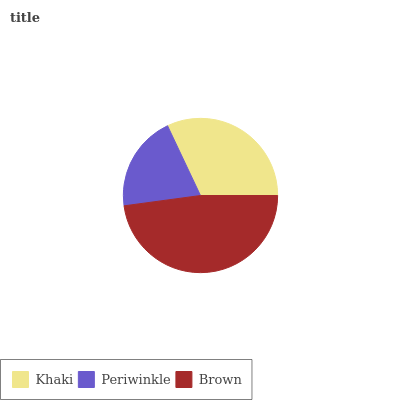
| Khaki | Periwinkle | Brown |
 | --- | --- | --- |
 | 32% | 20.1% | 47.9% |